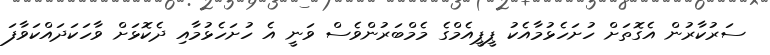
ސަރުކާރުން އެގޮތަށް ހުށަހެޅުމާއެކު ޕީޕީއެމްގެ މެމްބަރުންވެސް ވަނީ އެ ހުށަހެޅުމާއި ދެކޮޅަށް ވާހަކަދައްކަވާފަ